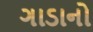
ગાડાનો